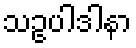
သဥပါဒါနာ